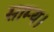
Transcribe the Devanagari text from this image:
साम्य।